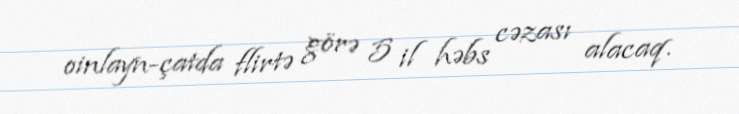
oinlayn-çatda flirtə görə 5 il həbs cəzası alacaq.